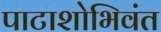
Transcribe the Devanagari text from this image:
पाटाशोभिवंत